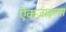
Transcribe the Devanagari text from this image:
ऐकज़ाइल्स